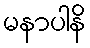
မနာပါနိ